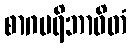
စာဂပရိဘာဝိတံ